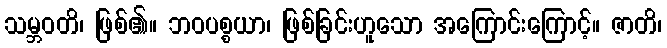
သမ္ဘဝတိ၊ ဖြစ်၏။ ဘဝပစ္စယာ၊ ဖြစ်ခြင်းဟူသော အကြောင်းကြောင့်။ ဇာတိ၊